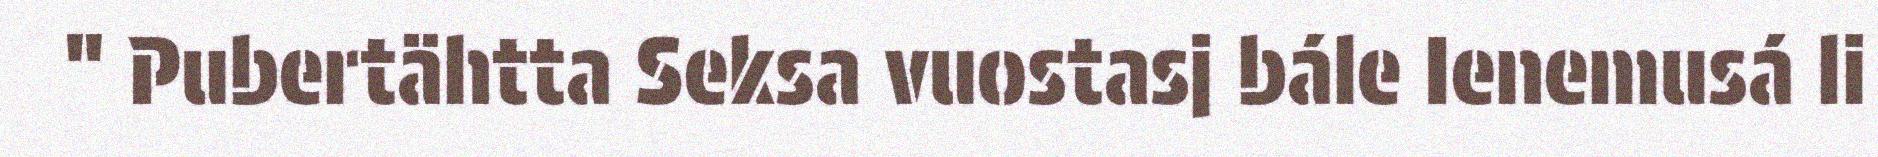
" Pubertähtta Seksa vuostasj bále Ienemusá li